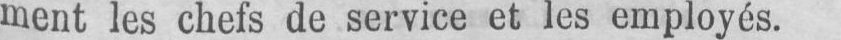
ment les chefs de service et les employés.